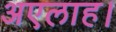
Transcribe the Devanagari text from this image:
अएलाह।